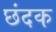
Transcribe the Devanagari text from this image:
छंदक